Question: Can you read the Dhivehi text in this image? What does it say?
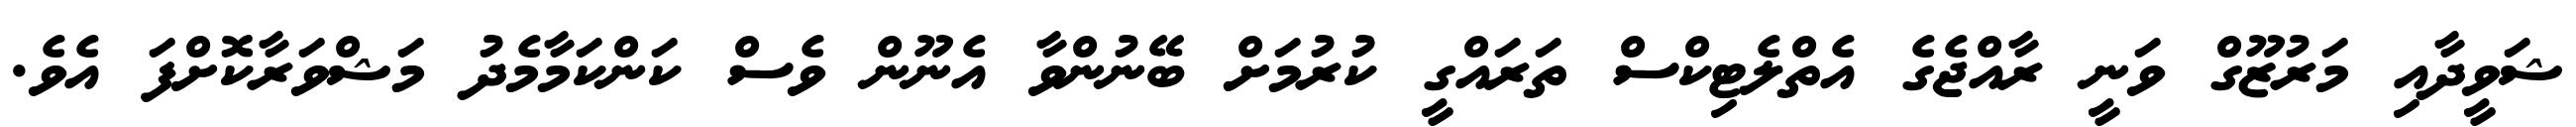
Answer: ޝަވީދާއި މަރުޒޫގް ވަނީ ރާއްޖެގެ އެތްލެޓިކްސް ތަރައްގީ ކުރުމަށް ބޭނުންވާ އެނޫން ވެސް ކަންކަމާމެދު މަޝްވަރާކޮށްފަ އެވެ.